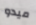
ميدو